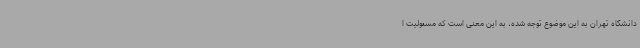
دانشگاه تهران به این موضوع توجه شده، به این معنی است که مسئولیت ا